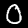
Label: 0